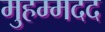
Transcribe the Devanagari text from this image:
मुहम्मदद